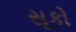
સૂકો